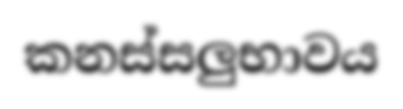
කනස්සලුභාවය